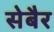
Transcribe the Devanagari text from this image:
सेबैर